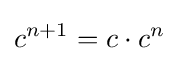
c^{n+1}=c\cdot c^{n}